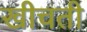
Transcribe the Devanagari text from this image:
खीचती